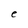
Character: e